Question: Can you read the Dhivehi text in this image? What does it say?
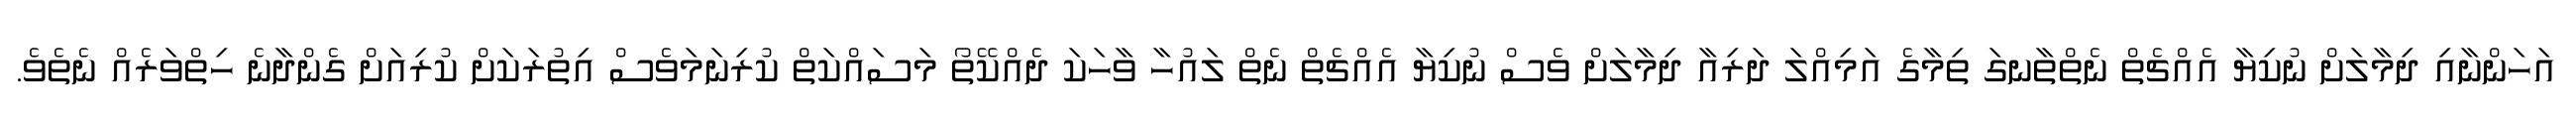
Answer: އަހަންނާއި ދިމާލަށް ނުކިޔާ އެއްޗެތް ނެތްތާނގަ ތިމާގެ އަމިއްލަ ދަރިއާ ދިމާލަށް ވެސް ނުކިޔާ އެއްޗެތް ނެތް ލައުހާ ވާހަކަ ދެއްކޭތޯ މަސައްކަތް ކުރިނަމަވެސް އިތުރަކަށް ކުރިއަށް ގެންދާނެ ހިތްވަރެއް ނެތެވެ.